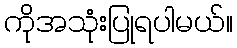
ကိုအသုံးပြုရပါမယ်။